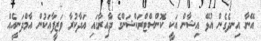
އޭނާ އިނދެގެން އުޅޭ އިޝާން އަކީ ކޮންސްޓްރަކްޝަންގެ ދާއިރާގައި އަދާކުރާ ވަޒީފާއަކުން އާމްދަނީއެއް